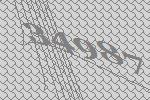
34987